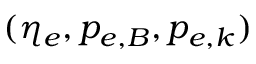
( \eta _ { e } , p _ { e , B } , p _ { e , k } )